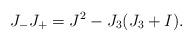
LaTeX: \begin{align*}J_{-}J_{+}=J^{2}-J_{3}(J_{3}+I). \end{align*}